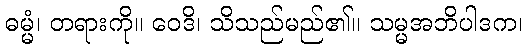
ဓမ္မံ၊ တရားကို။ ဝေဒိ၊ သိသည်မည်၏။ သမ္မအဘိပါဒက၊